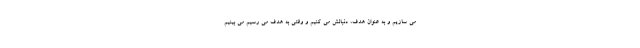
می سازیم و به عنوان هدف، دنبالش می کنیم و وقتی به هدف می رسیم می بینیم